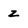
Character: z